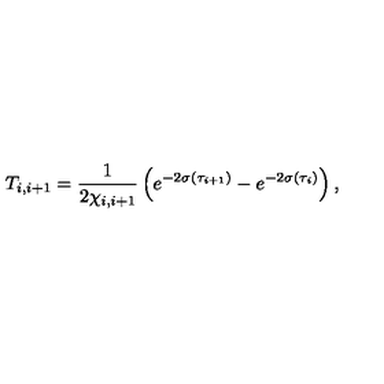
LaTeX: T _ { i , i + 1 } = { \frac { 1 } { \displaystyle { 2 \chi _ { i , i + 1 } } } } \left( e ^ { - 2 \sigma ( \tau _ { i + 1 } ) } - e ^ { - 2 \sigma ( \tau _ { i } ) } \right) , \,